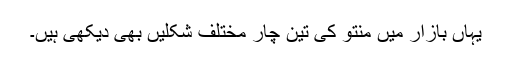
یہاں بازار میں منتو کی تین چار مختلف شکلیں بهی دیکهی ہیں۔